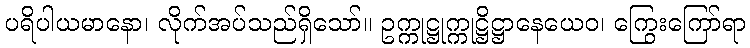
ပရိပါယမာနော၊ လိုက်အပ်သည်ရှိသော်။ ဥက္ကုဋ္ဌုက္ကုဋ္ဌိဋ္ဌာနေယေဝ၊ ကြွေးကြော်ရာ